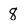
Character: 8